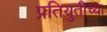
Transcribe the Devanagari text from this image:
प्रतियुतीच्या